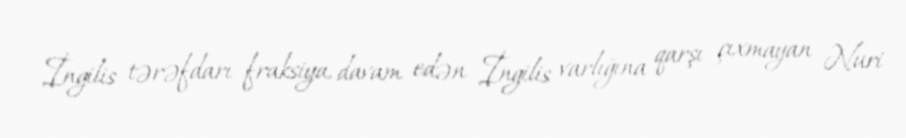
İngilis tərəfdarı fraksiya, davam edən İngilis varlığına qarşı çıxmayan Nuri